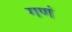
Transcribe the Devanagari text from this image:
गणं